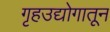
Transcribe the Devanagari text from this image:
गृहउद्योगातून